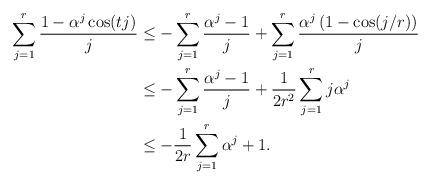
LaTeX: \begin{align*}\sum_{j=1}^r\frac{1-\alpha^j\cos(t j)}{j}&\leq -\sum_{j=1}^r\frac{\alpha^j-1}{j}+\sum_{j=1}^r\frac{\alpha^j\left(1-\cos(j/r)\right)}{j}\\&\leq -\sum_{j=1}^r\frac{\alpha^j-1}{j}+\frac{1}{2r^2}\sum_{j=1}^rj\alpha^j\\&\leq -\frac{1}{2r}\sum_{j=1}^r \alpha^j+1.\end{align*}